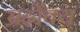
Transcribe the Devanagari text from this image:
ब्रह्मैक्य